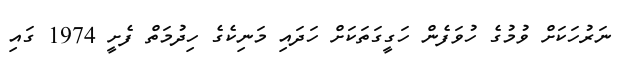
ނަރުހަކަށް ވުމުގެ ހުވަފެން ހަގީގަތަކަށް ހަދައި މަނިކެގެ ހިދުމަތް ފެށީ 1974 ގައި